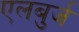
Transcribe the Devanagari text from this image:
एलबुर्ज